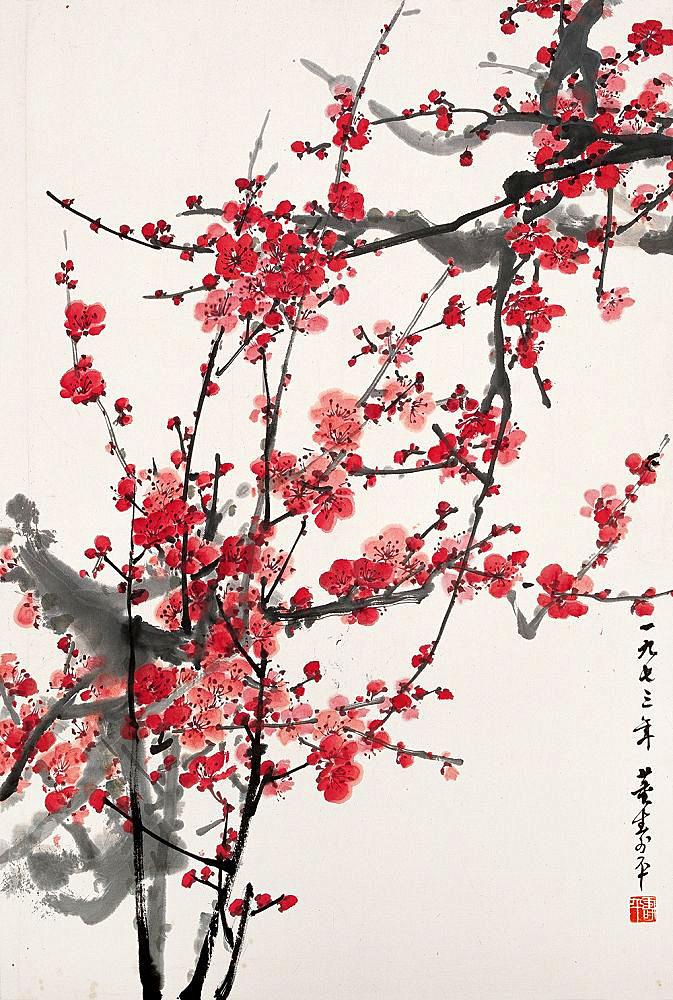
寒雪梅中尽，春风柳上归。